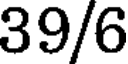
39/6